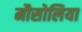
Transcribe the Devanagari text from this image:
मौसोलिया